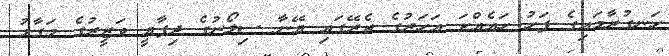
ހަނގުރާމައިގެ ފަހު ހައެއްކަ އަހަރުގެ ތެރޭގައި އޭނާ ސިލޯނުގެ ދިފާއީ ވަޒީރުގެ މަގާމު